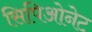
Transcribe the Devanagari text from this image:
सिपिओनेट